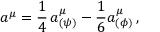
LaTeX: a ^ { \mu } = \frac { 1 } { 4 } \, a _ { ( \psi ) } ^ { \mu } - \frac { 1 } { 6 } a _ { ( \phi ) } ^ { \mu } \, ,